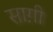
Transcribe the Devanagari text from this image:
साग़ी